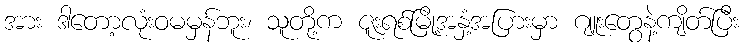
အား ဒါတော့လုံးဝမမှန်ဘူး၊ သူတို့က ဇူးရစ်မြို့အနှံ့အပြားမှာ ဂျူးတွေနဲ့ကျိတ်ပြီး